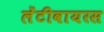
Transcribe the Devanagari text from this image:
लेंटीवायरस